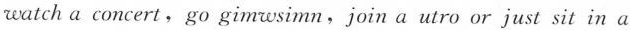
watch a concert,go gimwsimn,join a utro or just sit in a